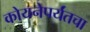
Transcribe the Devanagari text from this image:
कोयनेपर्यंतचा